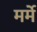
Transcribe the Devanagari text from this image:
मर्मे